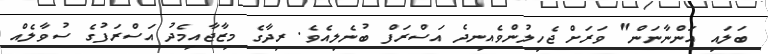
ބަލައި އަންނާނަން" ވަރަށް ޖެހިލުންވެއިނދެ އަސްރަފް ބުނެލިއެވެ. ރިދާގެ މިޒާޖާއިމެދު އަސްރަފުގެ ސުވާލެއް